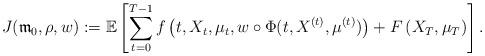
LaTeX: \begin{align*}J(\mathfrak{m}_0, \rho, w):= \mathbb{E}\left[ \sum_{t=0}^{T-1}f\left(t,X_{t},\mu_t,w \circ\Phi(t,X^{(t)},\mu^{(t)})\right) +F\left(X_{T},\mu_T\right) \right].\end{align*}